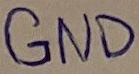
Text: GND